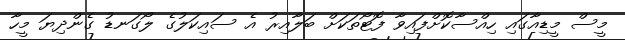
މީސް މީޑިއާގައި ހިއްސާކޮށްފައިވާ ފޮޓޯތަކަށް ބަލާއިރު އެ ސައިކަލުގެ ލޯގަނޑު ގެންދިޔަ މީހާ